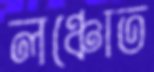
লঞ্চোত